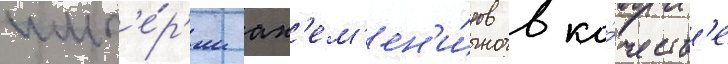
имп'е́р'ии ах'ем'ен'и́дов в ка́честв'е